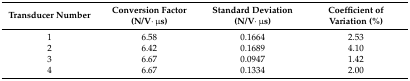
<table><thead><tr><td><b>Transducer Number</b></td><td><b>Conversion Factor (N/V·μs)</b></td><td><b>Standard Deviation (N/V·μs)</b></td><td><b>Coefficient of Variation (%)</b></td></tr></thead><tbody><tr><td>1</td><td>6.58</td><td>0.1664</td><td>2.53</td></tr><tr><td>2</td><td>6.42</td><td>0.1689</td><td>4.10</td></tr><tr><td>3</td><td>6.67</td><td>0.0947</td><td>1.42</td></tr><tr><td>4</td><td>6.67</td><td>0.1334</td><td>2.00</td></tr></tbody></table>